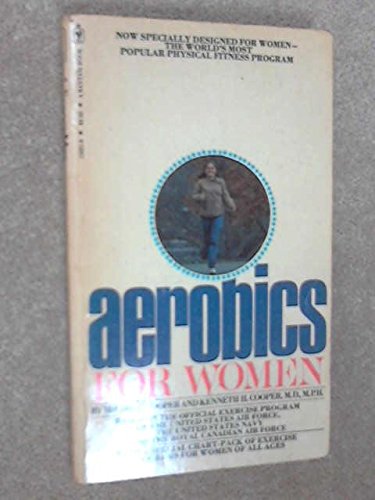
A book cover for Aerobics for Women; Mildred Cooper; Health, Fitness & Dieting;